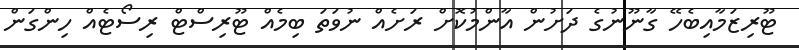
ޓޫރިޒަމާއިބެހޭ ގާނޫނުގެ ދަށުން އާންމުކޮށް ރަށެއް ނުވަތަ ބިމެއް ޓޫރިސްޓް ރިސޯޓެއް ހިންގަން